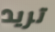
تريد